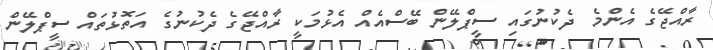
ރާއްޖޭގެ އެންމެ ދެކުނުގައި ސީޕްލޭން ބޭސްއެއް އެޅުމަކީ ރާއްޖޭގެ ދެކުނުގެ އަތޮޅުތައް ސީޕްލޭން